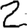
Digit: 2